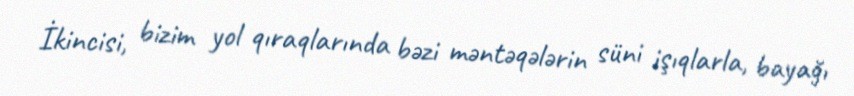
İkincisi, bizim yol qıraqlarında bəzi məntəqələrin süni işıqlarla, bayağı